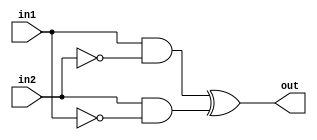
module xor2 (
    out, in1, in2
);
    input in1, in2;
    output out;
    assign innot2 = ~in2 ;
    assign innot1 = ~in1 ;
    assign sum1 = in1 & innot2 ;
    assign sum2 = in2 & innot1 ;
    assign out = sum1 ^ sum2 ;

    
endmodule

module xor3 (
    out, in1, in2, in3
);
    input in1, in2, in3;
    output out ;
    wire inter ;
    xor2 oneg(.in1(in1), .in2(in2), .out(inter));
    xor2 twog(.in1(in3), .in2(inter), .out(out));
endmodule

module xor3_b (
    out, in1, in2, in3
);
    input in1, in2, in3;
    output out ;
    assign innot1 = ~in1;
    assign innot2 = ~in2;
    assign innot3 = ~in3;
    assign sum1 = innot1 & in2;
    assign sum2 = innot2 & in1;
    assign part1 = sum1 | sum2;
    assign partnot1 = ~part1;
    assign finsum1 = part1 & innot3 ;
    assign finsum2 = partnot1 & in3 ;
    assign out = finsum1 | finsum2 ;
endmodule